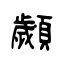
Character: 顪